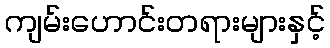
ကျမ်းဟောင်းတရားများနှင့်